Indian journal of veterinary science and animal husbandry - Volumes 15-17, 1948-1951
Year: 1948
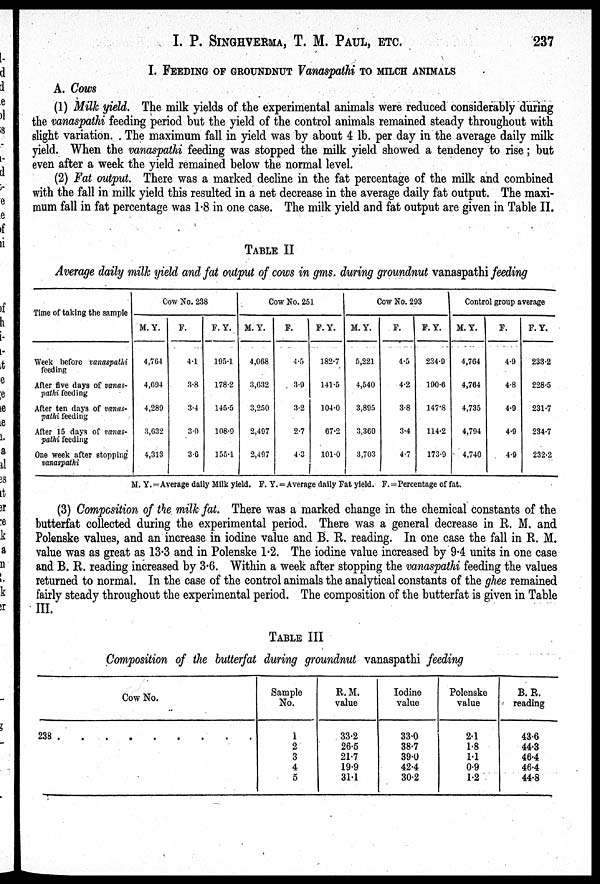
I. P. SINGHVERMA, T. M. PAUL, ETC. 237
I. FEEDING OF GROUNDNUT Vanaspathi TO MILCH ANIMALS
A. Cows
(1) Milk yield. The milk yields of the experimental animals were reduced considerably during
the vanaspathi feeding period but the yield of the control animals remained steady throughout with
slight variation. The maximum fall in yield was by about 4 lb. per day in the average daily milk
yield. When the vanaspathi feeding was stopped the milk yield showed a tendency to rise ; but
even after a week the yield remained below the normal level.
(2) Fat output. There was a marked decline in the fat percentage of the milk and combined
with the fall in milk yield this resulted in a net decrease in the average daily fat output. The maxi-
mum fall in fat percentage was 1.8 in one case. The milk yield and fat output are given in Table II.
TABLE II
Average daily milk yield and fat output of cows in gms. during groundnut vanaspathi feeding
Time of taking the sample
Week before vanaspathi
feeding
After five days of vanas-
pathi feeding
After ten days of vanas-
pathi feeding
After 15 days of vanas-
pathi feeding
One week after stopping
vanaspathi
Cow No. 238
M. Y.
4,764
4,694
4,289
3,632
4,313
F.
4.1
3.8
3.4
3.0
3.6
F. Y.
195.1
178.2
145.5
108.9
155.1
Cow No. 251
M. Y.
4,068
3,632
3,250
2,497
2,497
F.
4.5
3.9
3.2
2.7
4.3
F. Y.
182.7
141.5
104.0
67.2
101.0
Cow No. 293
M. Y.
5,221
4,540
3,895
3,360
3,703
F.
4.5
4.2
3.8
3.4
4.7
F. Y.
234.9
190.6
147.8
114.2
173.9
Control group average
M. Y.
4,764
4,764
4,735
4,794
4,740
F.
4.9
4.8
4.9
4.9
4.9
F. Y.
233.2
228.5
231.7
234.7
232.2
M. Y.= Average daily Milk yield. F. Y. = Average daily Fat yield. F. = Percentage of fat.
(3) Composition of the milk fat. There was a marked change in the chemical constants of the
butterfat collected during the experimental period. There was a general decrease in R. M. and
Polenske values, and an increase in iodine value and B. R. reading. In one case the fall in R. M.
value was as great as 13.3 and in Polenske 1.2. The iodine value increased by 9.4 units in one case
and B. R. reading increased by 3.6. Within a week after stopping the vanaspathi feeding the values
returned to normal. In the case of the control animals the analytical constants of the ghee remained
fairly steady throughout the experimental period. The composition of the butterfat is given in Table
III.
TABLE III
Composition of the butterfat during groundnut vanaspathi feeding
Cow No.
238 . . . . . . . . .
Sample
No.
1
2
3
4
5
R. M.
value
33.2
26.5
21.7
19.9
31.1
Iodine
value
33.0
38.7
39.0
42.4
30.2
Polenske
value
2.1
1.8
1.1
0.9
1.2
B. R.
reading
43.6
44.3
46.4
46.4
44.8